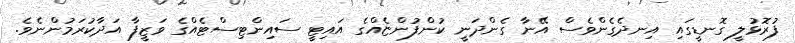
ފުރޮޅުލީ ގޮނޑީގައި އިނދެގެންވެސް އޭނާ ގެންދަނީ ކުންފުންޏެއްގެ އައިޓީ ސައިންޓިސްޓެއްގެ ވަޒީފާ އަދާކުރަމުންނެވެ.